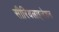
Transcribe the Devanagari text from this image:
सीरियलाइजेशन